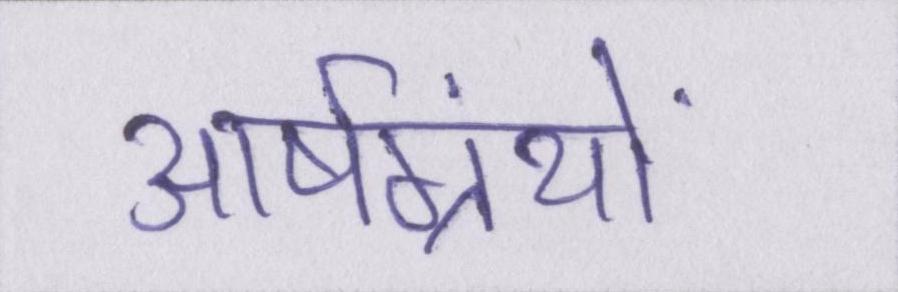
आर्षग्रंथों